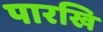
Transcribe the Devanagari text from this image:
पारखि